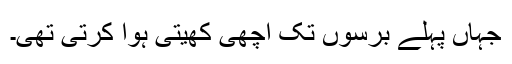
جہاں پہلے برسوں تک اچھی کھیتی ہوا کرتی تھی۔